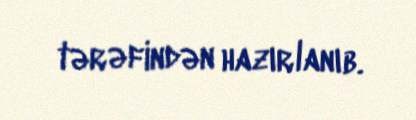
tərəfindən hazırlanıb.